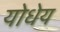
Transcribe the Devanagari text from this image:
योधेय